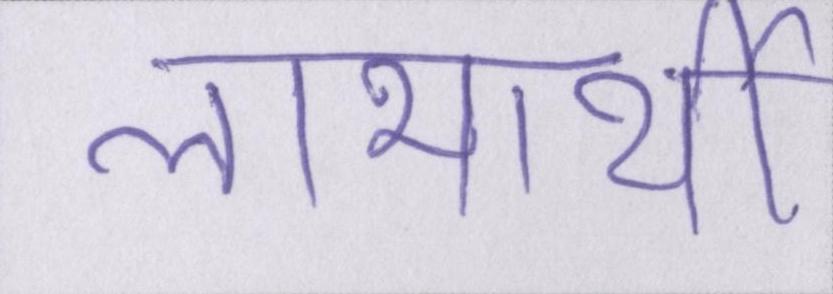
लाभार्थी